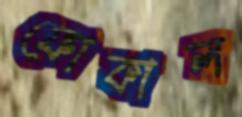
ফোকাল